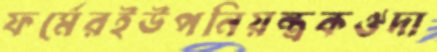
ফর্মেরইউপনিয়ন্ত্রকঔদা